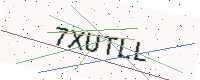
Text: 7XUTLL